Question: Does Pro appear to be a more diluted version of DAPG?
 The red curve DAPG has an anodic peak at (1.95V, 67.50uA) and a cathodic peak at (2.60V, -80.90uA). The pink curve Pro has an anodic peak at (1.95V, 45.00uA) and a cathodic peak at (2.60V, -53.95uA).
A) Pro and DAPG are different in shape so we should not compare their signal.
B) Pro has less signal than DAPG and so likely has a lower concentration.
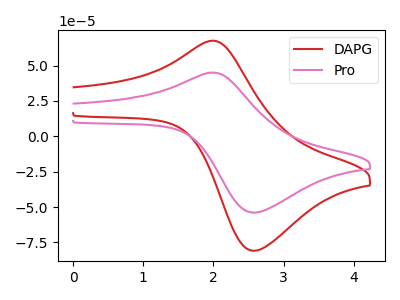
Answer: <think>All the peaks in "Pro" have a peak in "DAPG" at the same potential. Every peak in "Pro" is lower than every peak in "DAPG".
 </think>
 <answer>B) "Pro" has less signal than "DAPG" and so likely has a lower concentration.</answer>
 <eval>B</eval>